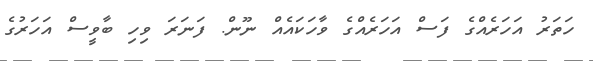
ހަތަރު އަހަރެއްގެ ފަސް އަހަރެއްގެ ވާހަކައެއް ނޫން. ފަނަރަ ވިހި ބާވީސް އަހަރުގެ